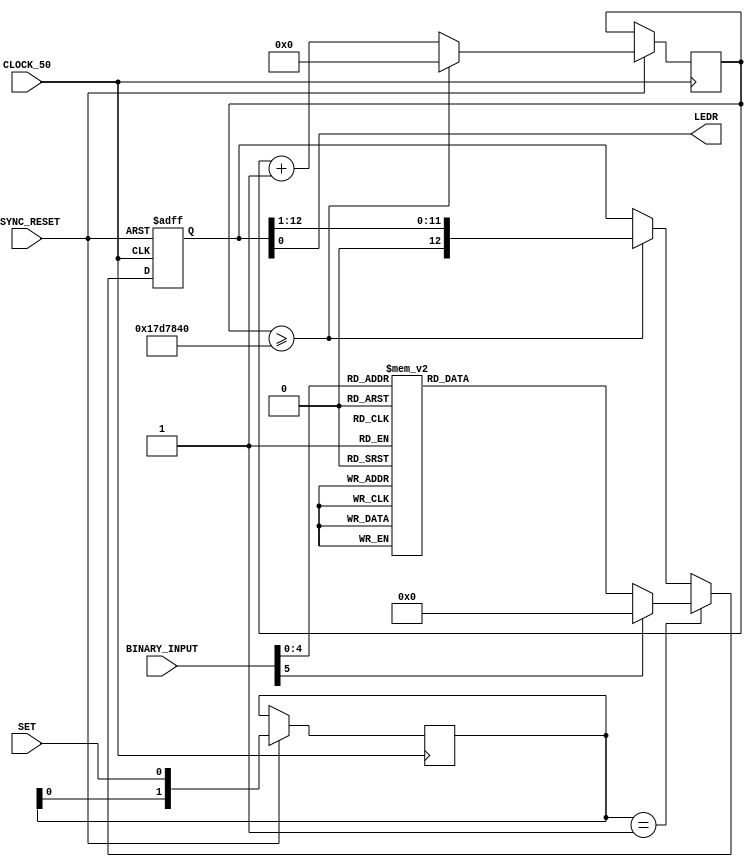
module morse_code_decoder(BINARY_INPUT, SET, ASYNC_RESET, LEDR, CLOCK_50);
	input [5:0] BINARY_INPUT; //6 Bit input corresponding to 0-9 (000000-001001) and A-Z (001010-100100)
	input SET; //Active low set, when activated sets the morse CODE on the binary input and allows it to be displayed
	input ASYNC_RESET; //Asynchronous active low reset, stops morse CODE output 
	input CLOCK_50; //50 MHz Clock
	output LEDR; //Red LED to output morse CODE
	
	reg [26:0] FAST_COUNTER = 26'b0; //Counts at clock speed (50 MHz)
	reg [4:0] SLOW_COUNTER = 5'b0; //Counts at 0.5 seconds
	reg ENABLE = 1'b0; //Enables Morse CODE output and slow counter
	reg [12:0] CODE; //Stores morse CODE
	reg [1:0] STORE_EDGE; //stores the current and past input on SET
	
	wire DET_EDGE; //detect a negative edge on SET
	assign DET_EDGE = (STORE_EDGE == 2'b01);
	
	always@(posedge CLOCK_50 or negedge ASYNC_RESET) begin
		if (~ASYNC_RESET) begin
			CODE <= 'b0;
			ENABLE <= 'b0;
		end
		else begin
			FAST_COUNTER <= FAST_COUNTER + 1;
			if (FAST_COUNTER >= 'd25000000) begin
				SLOW_COUNTER <= (SLOW_COUNTER + 1) & {5{ENABLE}};
				CODE <= (CODE >> 1);
				FAST_COUNTER <= 'b0;
			end
			if (SLOW_COUNTER >= 'd19) begin
				SLOW_COUNTER <= 'b0;
				ENABLE <= 'b0;
			end
			STORE_EDGE <= {STORE_EDGE[0], SET};
			if (DET_EDGE) begin //assigns code based on binary input when edge detected on SET
				ENABLE <= 1'b1;
				case(BINARY_INPUT)
					5'd0: CODE <= 19'b1110111011101110111; //0
					5'd1: CODE <= 13'b0011101110111011101; //1
					5'd2: CODE <= 13'b0000111011101110101; //2
					5'd3: CODE <= 13'b0000001110111011101; //3
					5'd4: CODE <= 13'b0000000011101010101; //4
					5'd5: CODE <= 13'b0000000000101010101; //5
					5'd6: CODE <= 13'b0000000010101010111; //6
					5'd7: CODE <= 13'b0000001010101110111; //7
					5'd8: CODE <= 13'b0000101011101110111; //8
					5'd9: CODE <= 13'b0010111011101110111; //9
					5'd10: CODE <= 13'b0000000000000011101; //A
					5'd11: CODE <= 13'b0000000000101010111; //B
					5'd12: CODE <= 13'b0000000010111010111; //C
					5'd13: CODE <= 13'b0000000000001010111; //D
					5'd14: CODE <= 13'b0000000000000000001; //E
					5'd15: CODE <= 13'b0000000000101110101; //F
					5'd16: CODE <= 13'b0000000000101110111; //G
					5'd17: CODE <= 13'b0000000000001010101; //H
					5'd18: CODE <= 13'b0000000000000000101; //I
					5'd19: CODE <= 13'b0000001110111011101; //J
					5'd20: CODE <= 13'b0000000000111010111; //K
					5'd21: CODE <= 13'b0000000000101011101; //L
					5'd22: CODE <= 13'b0000000000001110111; //M
					5'd23: CODE <= 13'b0000000000000010111; //N
					5'd24: CODE <= 13'b0000000011101110111; //O
					5'd25: CODE <= 13'b0000000010111011101; //P
					5'd26: CODE <= 13'b0000001110101110111; //Q
					5'd27: CODE <= 13'b0000000000001011101; //R
					5'd28: CODE <= 13'b0000000000000010101; //S
					5'd29: CODE <= 13'b0000000000000000111; //T
					5'd30: CODE <= 13'b0000000000001110101; //U
					5'd31: CODE <= 13'b0000000000111010101; //V
					5'd32: CODE <= 13'b0000000000111011101; //W
					5'd33: CODE <= 13'b0000000011101010111; //X
					5'd34: CODE <= 13'b0000001110111010111; //Y
					5'd35: CODE <= 13'b0000000010101110111; //Z
					default: CODE <= 13'b0;
				endcase
				end
		end
	end
	
	assign LEDR = CODE[0];
endmodule